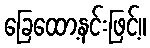
ခြေထော့နင်းဖြင့်။